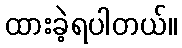
ထားခဲ့ရပါတယ်။